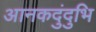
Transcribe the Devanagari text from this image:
आनकदुंदुभि